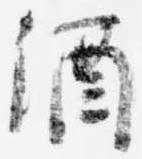
酒